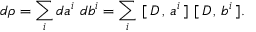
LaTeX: d \rho = \sum _ { i } d a ^ { i } \, \, d b ^ { i } = \sum _ { i } \, \, [ \, D \, , \, a ^ { i } \, ] \, \, [ \, D \, , \, b ^ { i } \, ] .